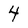
Character: 4